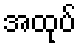
အထုပ်